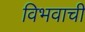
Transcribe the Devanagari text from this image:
विभवाची